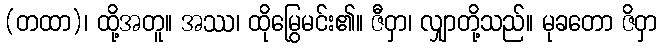
(တထာ)၊ ထို့အတူ။ အဿ၊ ထိုမြွေမင်း၏။ ဇီဝှာ၊ လျှာတို့သည်။ မုခတော ဇိဝှာ